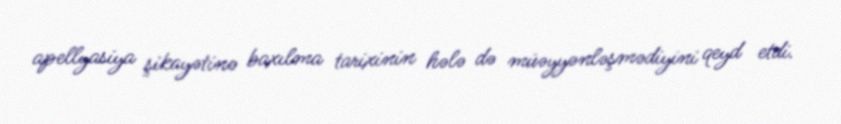
apellyasiya şikayətinə baxılma tarixinin hələ də müəyyənləşmədiyini qeyd etdi.